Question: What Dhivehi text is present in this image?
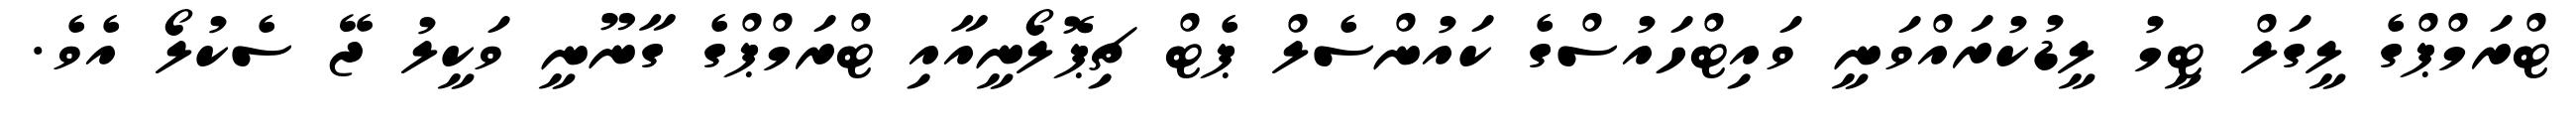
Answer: ޓްރަމްޕްގެ ލީގަލް ޓީމު ލީޑުކުރައްވަނީ ވައިޓްހައުސްގެ ކައުންސެލް ޕެޓް ޗިޕޮލޯނީއާއި ޓްރަމްޕްގެ ގާނޫނީ ވަކީލު ޖޭ ސެކުލޯ އެވެ.